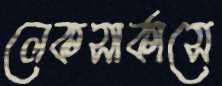
লেকসার্কাসে